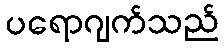
ပရောဂျက်သည်